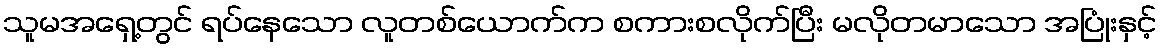
သူမအရှေ့တွင် ရပ်နေသော လူတစ်ယောက်က စကားစလိုက်ပြီး မလိုတမာသော အပြုံးနှင့်